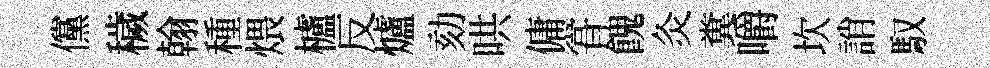
儻穢翰種煨櫨反爐劾哄傭甞餽灸糞嚼坎誚馭